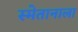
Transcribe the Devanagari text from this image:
स्मेतानाला